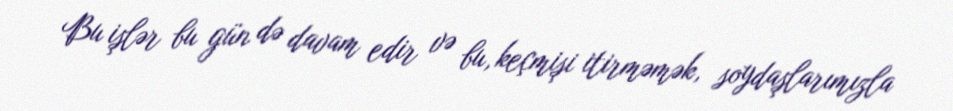
Bu işlər bu gün də davam edir və bu, keçmişi itirməmək, soydaşlarımızla